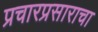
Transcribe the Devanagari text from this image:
प्रचारप्रसाराचा